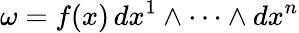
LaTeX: \omega=f(x)\, dx^{1}\wedge\cdots\wedge dx^{n}